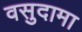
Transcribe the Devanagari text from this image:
वसुदामा